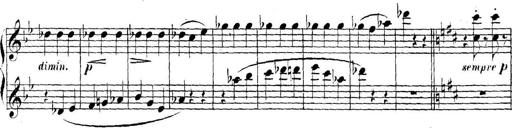
Title: Collected Piano Sonatas
Composer: Muzio Clementi